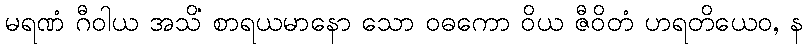
မရဏံ ဂီဝါယ အသိံ စာရယမာနော သော ဝဓကော ဝိယ ဇီဝိတံ ဟရတိယေဝ, န